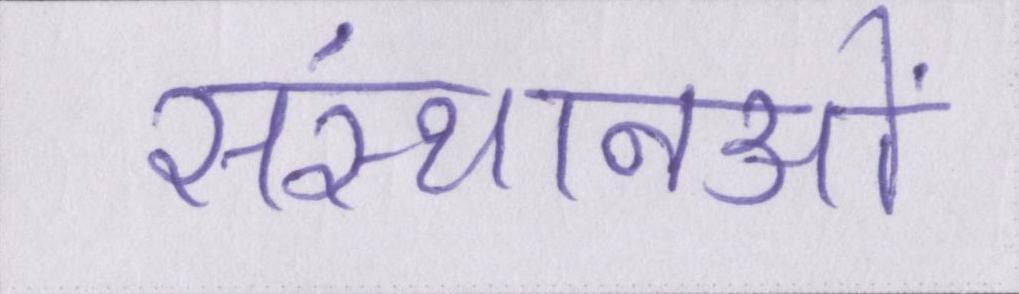
संस्थानओं